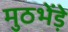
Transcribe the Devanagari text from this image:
मुठभेंड़े